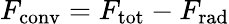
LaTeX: F_{\mathrm{conv}}=F_{\mathrm{tot}}-F_{\mathrm{rad}}